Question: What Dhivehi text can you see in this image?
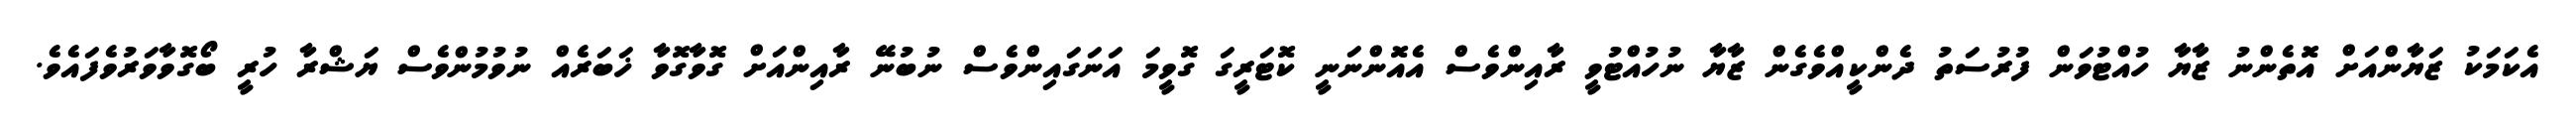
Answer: އެކަމަކު ޒަޔާންއަށް އޮތެންނު ޒާޔާ ހުއްޓުވަން ފުރުސަތު ދެންކީއްވެގެން ޒާޔާ ނުހުއްޓުވީ ރާއިންވެސް އެއޮންނަނީ ކޮޓަރީގަ ގޮވީމަ އަނަގައިންވެސް ނުބުނޭ ރާއިންއަށް ގޮވާގޮވާ ޚަބަރެއް ނުވުމުންވެސް ޔަޝްރާ ހުރީ ބޯގޮވާވަރުވެފައެވެ.